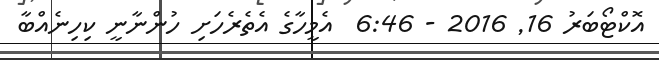
އޮކްޓޯބަރު 16